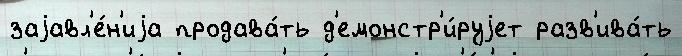
заjавл'е́н'иjа продава́ть д'емонстр'и́руjет разв'ива́ть